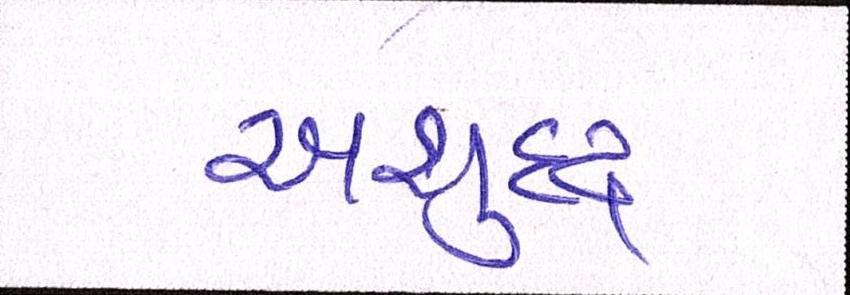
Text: અશુદ્ધ